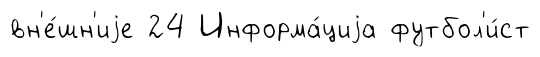
вн'е́шн'иjе 24 Информа́циjа футбол'и́ст